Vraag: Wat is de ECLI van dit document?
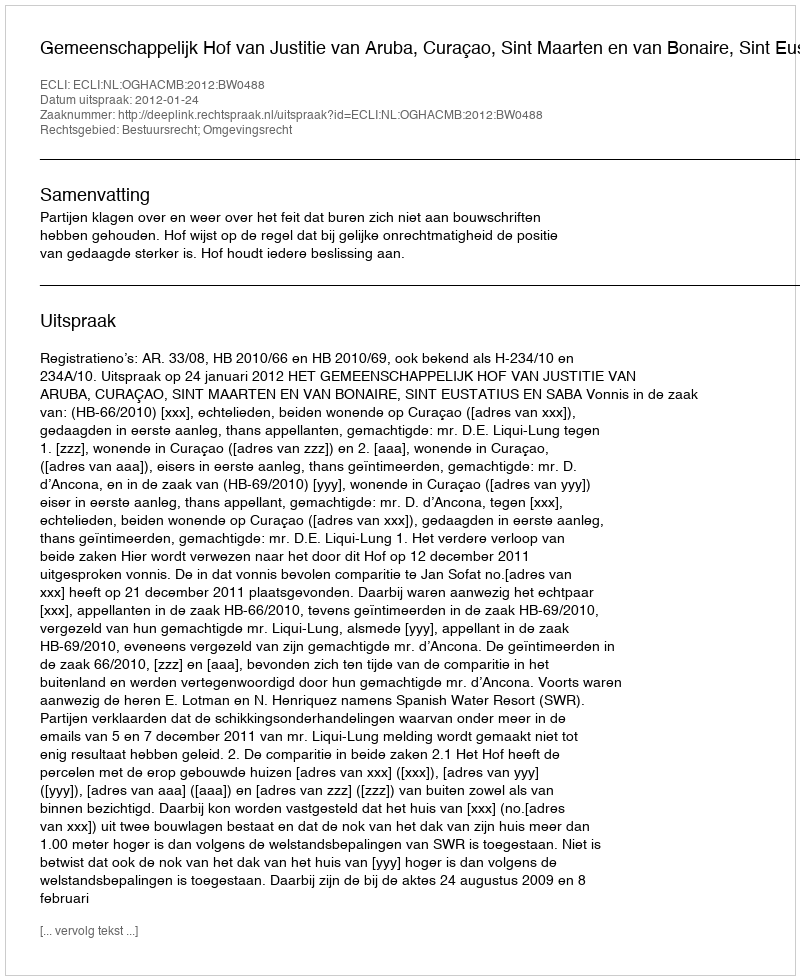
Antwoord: ECLI:NL:OGHACMB:2012:BW0488